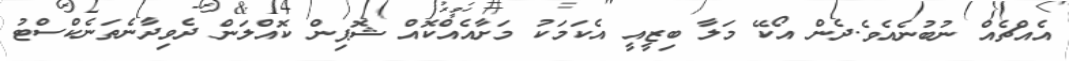
އެއްޗެއް ނުބުނެއެވެ.ދެން އޯކޭ މަލާ ބިޒީއީ އެކަމަކު މަށާއެއްކޮއް ޝޮޕިން ކޮއްލަން ދެވިދާނެތަނެކްސްޓު